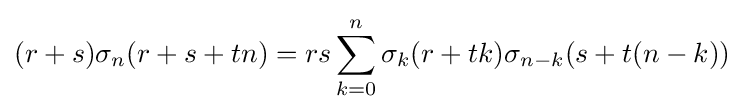
(r+s)\sigma _{n}(r+s+tn)=rs\sum _{k=0}^{n}\sigma _{k}(r+tk)\sigma _{n-k}(s+t(n-k))